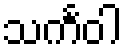
သင်္ကဝါ